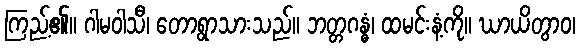
ကြည့်၏။ ဂါမဝါသီ၊ တောရွာသားသည်။ ဘတ္တဂန္ဓံ၊ ထမင်းနံ့ကို။ ဃာယိတွာဝ၊